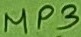
Text: MP3